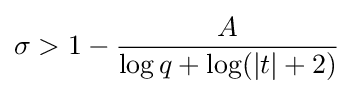
\sigma >1-{\frac {A}{\log q+\log(|t|+2)}}